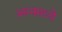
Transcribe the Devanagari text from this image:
अन्नमध्ये